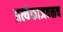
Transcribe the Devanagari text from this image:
प्रत्येकाजवळच